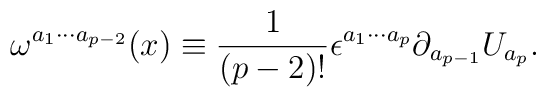
\omega^{a_1 \cdots a_{p-2}}(x) \equiv \frac{1}{(p-2)!} \epsilon^{a_1 \cdots a_p} \partial_{a_{p-1}}U_{a_p}.